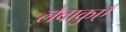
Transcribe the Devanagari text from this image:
लेवाकुएँ